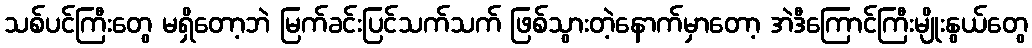
သစ်ပင်ကြီးတွေ မရှိတော့ဘဲ မြက်ခင်းပြင်သက်သက် ဖြစ်သွားတဲ့နောက်မှာတော့ အဲဒီကြောင်ကြီးမျိုးနွယ်တွေ